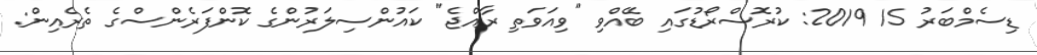
ޑިސެމްބަރު 15 2019: ކުރޮސްރޯޑުގައި ބޭއްވި "ވިއަވަތި ރާއްޖެ" ކައުންސިލަރުންގެ ކޮންފަރެންސްގެ ތެރެއިން: